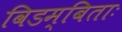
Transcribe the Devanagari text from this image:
विडम्बिताः